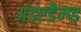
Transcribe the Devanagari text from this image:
अंडरडैम्प्ड